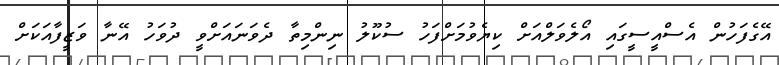
އޭގެފަހުން އެސްއީސީގައި އޯލެވަލްއަށް ކިޔެވުމަށްފަހު ސުކޫލު ނިންމިތާ ދެވަނައަށްވީ ދުވަހު އޭނާ ވަޒީފާއަކަށް